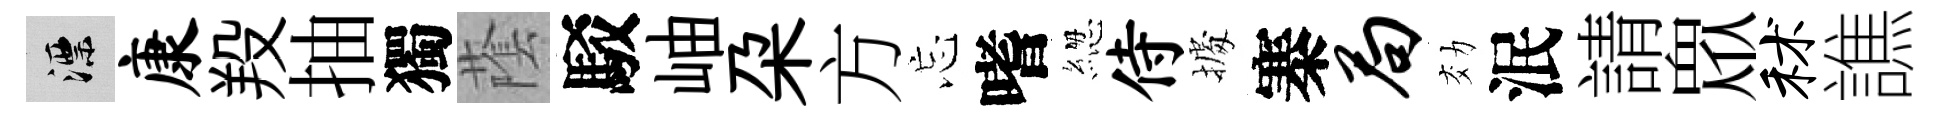
漂康羖抽獨䕃駁岫朶方忘嗜緫侍𢴃寨局効泯請衆秫譙